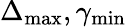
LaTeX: \Delta_{\mathrm{max}},\gamma_{\mathrm{min}}